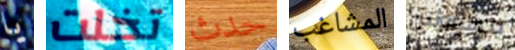
يا تخلت حدث المشاغب مهووس